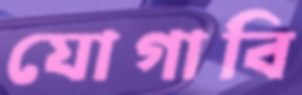
যোগাবি